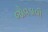
જોવડાવી